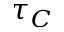
\tau _ { C }